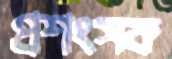
প্রশংসক